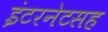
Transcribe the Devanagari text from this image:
इंटरनेटसह